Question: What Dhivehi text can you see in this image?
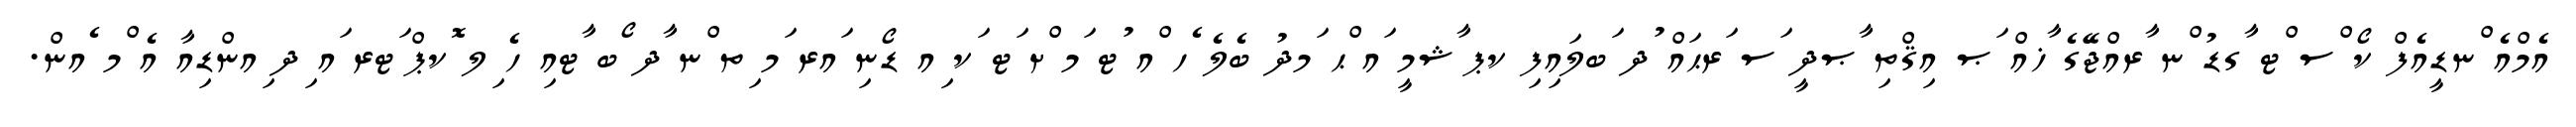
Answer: އެމްއެ ްނޑީއެފް ކޯ ްސ ްޓ ާގޑު ްނ ާރއްޖޭގެ ާޚއް ަޞ އިޤްތި ާޞދީ ަސ ަރޙައް ުދ ަބލައިފި ކޕ ާޝމީ ައ ްޙ ަމދު ބެލެ ެހ ްއ ުޓ ަމ ްށ ަޓ ަކ ިއ ޑޯނި ައރ ަމ ިތ ްނ ާދ ޯބ ާޓއި ހެ ިލ ޮކޕް ަޓރ ައ ިދ ިއންޑިއާ އެ ްމ ެއން.